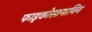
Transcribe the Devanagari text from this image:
फाइकोसायानिन